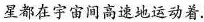
星都在宇宙间高速地运动着.